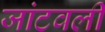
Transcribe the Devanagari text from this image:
जांटवली